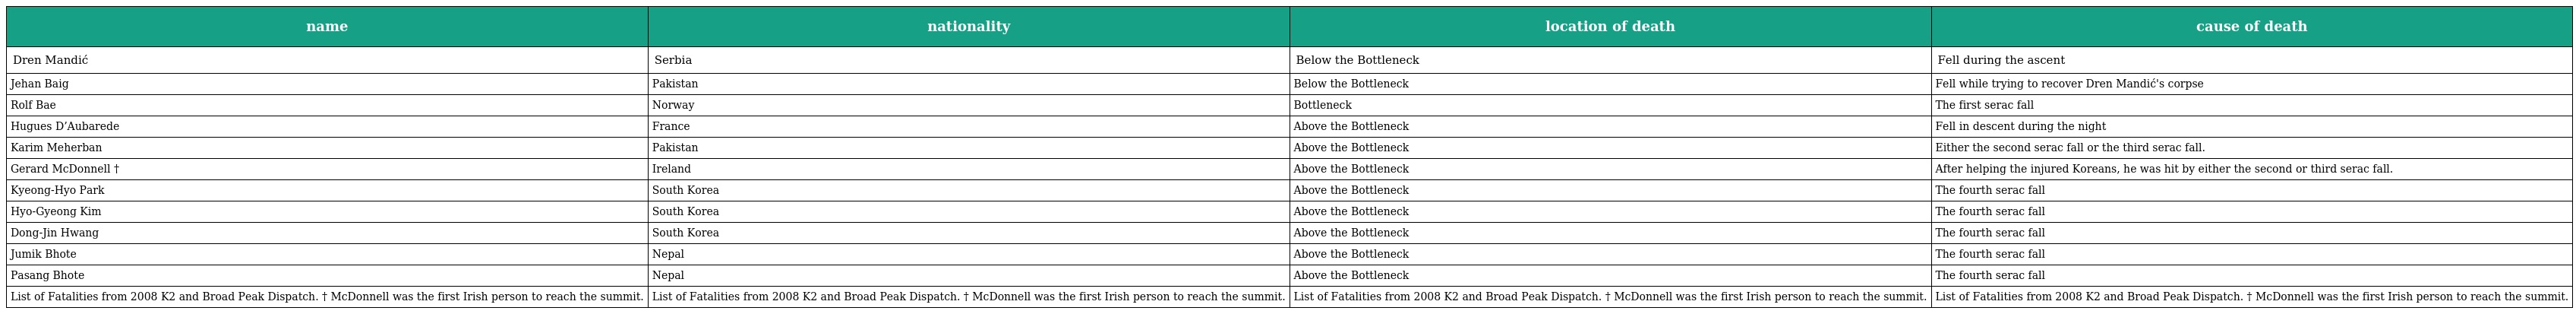
| name | nationality | location of death | cause of death |
 | --- | --- | --- | --- |
 | Dren Mandić | Serbia | Below the Bottleneck | Fell during the ascent |
 | Jehan Baig | Pakistan | Below the Bottleneck | Fell while trying to recover Dren Mandić's corpse |
 | Rolf Bae | Norway | Bottleneck | The first serac fall |
 | Hugues D’Aubarede | France | Above the Bottleneck | Fell in descent during the night |
 | Karim Meherban | Pakistan | Above the Bottleneck | Either the second serac fall or the third serac fall. |
 | Gerard McDonnell † | Ireland | Above the Bottleneck | After helping the injured Koreans, he was hit by either the second or third serac fall. |
 | Kyeong-Hyo Park | South Korea | Above the Bottleneck | The fourth serac fall |
 | Hyo-Gyeong Kim | South Korea | Above the Bottleneck | The fourth serac fall |
 | Dong-Jin Hwang | South Korea | Above the Bottleneck | The fourth serac fall |
 | Jumik Bhote | Nepal | Above the Bottleneck | The fourth serac fall |
 | Pasang Bhote | Nepal | Above the Bottleneck | The fourth serac fall |
 | List of Fatalities from 2008 K2 and Broad Peak Dispatch. † McDonnell was the first Irish person to reach the summit. | List of Fatalities from 2008 K2 and Broad Peak Dispatch. † McDonnell was the first Irish person to reach the summit. | List of Fatalities from 2008 K2 and Broad Peak Dispatch. † McDonnell was the first Irish person to reach the summit. | List of Fatalities from 2008 K2 and Broad Peak Dispatch. † McDonnell was the first Irish person to reach the summit. |